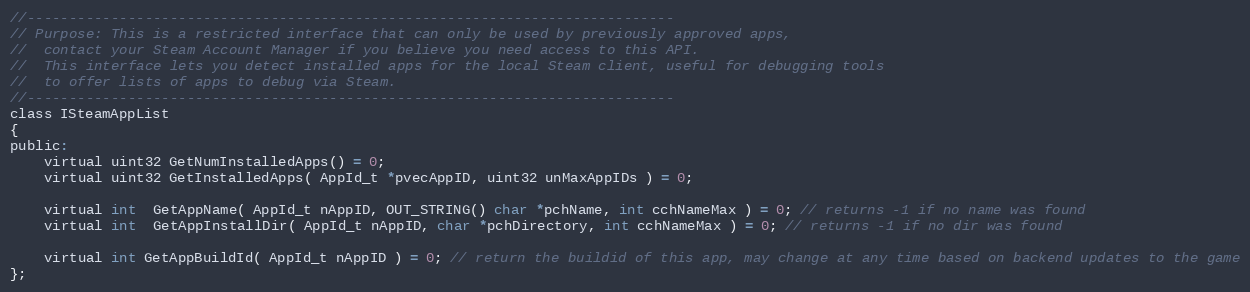
Language: C
//-----------------------------------------------------------------------------
// Purpose: This is a restricted interface that can only be used by previously approved apps,
//	contact your Steam Account Manager if you believe you need access to this API.
//	This interface lets you detect installed apps for the local Steam client, useful for debugging tools
//	to offer lists of apps to debug via Steam.
//-----------------------------------------------------------------------------
class ISteamAppList
{
public:
	virtual uint32 GetNumInstalledApps() = 0;
	virtual uint32 GetInstalledApps( AppId_t *pvecAppID, uint32 unMaxAppIDs ) = 0;

	virtual int  GetAppName( AppId_t nAppID, OUT_STRING() char *pchName, int cchNameMax ) = 0; // returns -1 if no name was found
	virtual int  GetAppInstallDir( AppId_t nAppID, char *pchDirectory, int cchNameMax ) = 0; // returns -1 if no dir was found

	virtual int GetAppBuildId( AppId_t nAppID ) = 0; // return the buildid of this app, may change at any time based on backend updates to the game
};